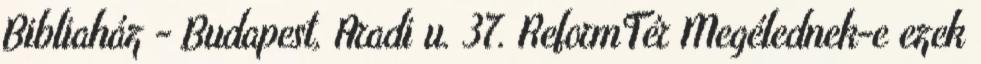
Bibliaház - Budapest, Aradi u. 37. ReformTér Megélednek-e ezek